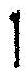
1